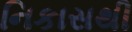
નિકાસથી